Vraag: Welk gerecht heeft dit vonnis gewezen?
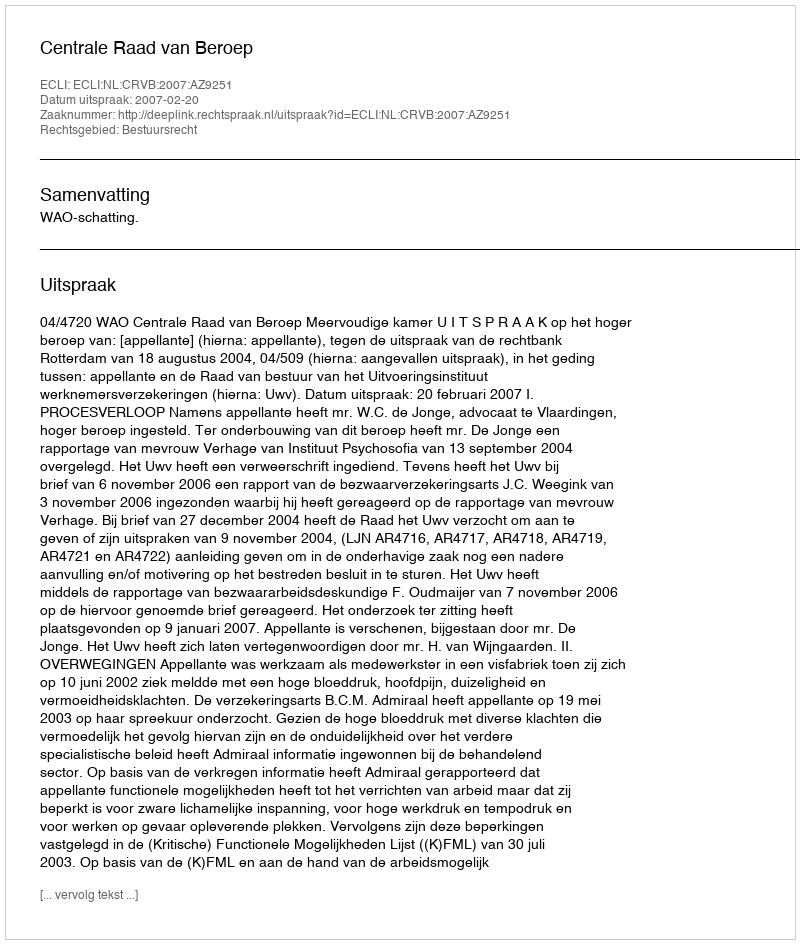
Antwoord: Centrale Raad van Beroep